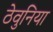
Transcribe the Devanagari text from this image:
ठेवुनिया